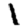
Digit: 1